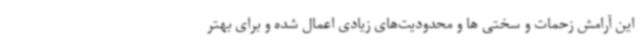
این آرامش زحمات و سختی ها و محدودیت‌های زیادی اعمال شده و برای بهتر